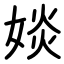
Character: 婒